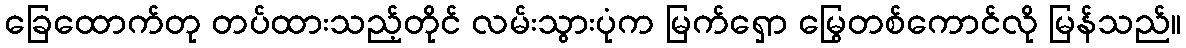
ခြေထောက်တု တပ်ထားသည့်တိုင် လမ်းသွားပုံက မြက်ရှော မြွေတစ်ကောင်လို မြန်သည်။